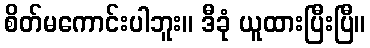
စိတ်မကောင်းပါဘူး။ ဒီခုံ ယူထားပြီးပြီ။